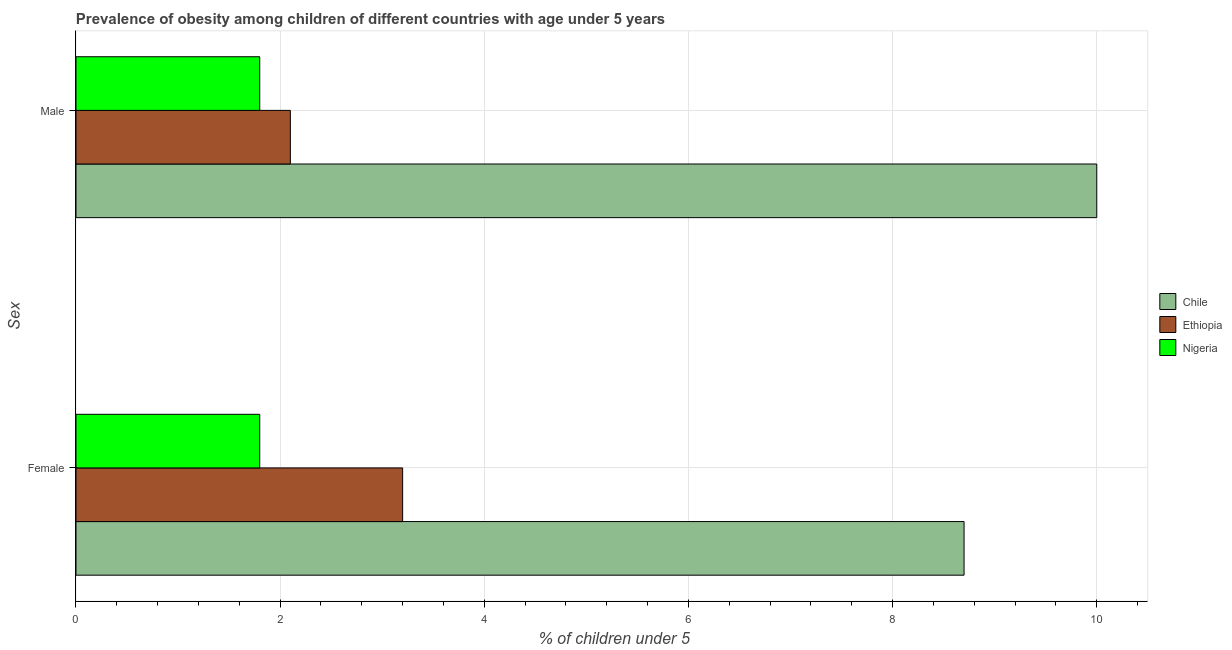
| Sex | Chile | Ethiopia | Nigeria |
 | --- | --- | --- | --- |
 | Female | 8.7 | 3.2 | 1.8 |
 | Male | 10 | 2.1 | 1.8 |